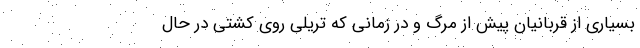
بسیاری از قربانیان پیش از مرگ و در زمانی که تریلی روی کشتی در حال